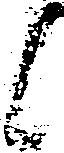
候